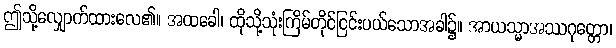
ဤသို့လျှောက်ထားလေ၏။ အထခေါ၊ ထိုသို့သုံးကြိမ်တိုင်ငြင်းပယ်သောအခါ၌။ အာယသ္မာအဿဂုတ္တော၊